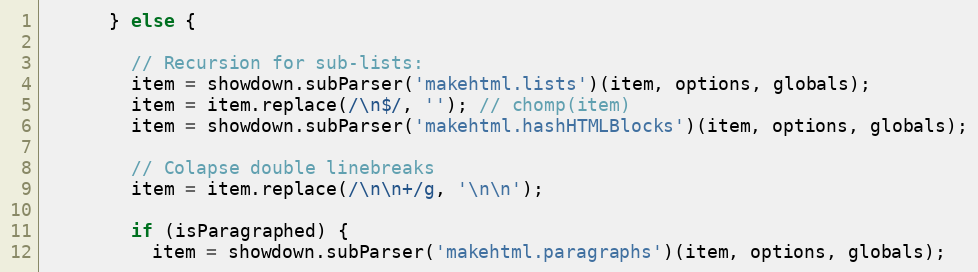
Language: JavaScript
      } else {

        // Recursion for sub-lists:
        item = showdown.subParser('makehtml.lists')(item, options, globals);
        item = item.replace(/\n$/, ''); // chomp(item)
        item = showdown.subParser('makehtml.hashHTMLBlocks')(item, options, globals);

        // Colapse double linebreaks
        item = item.replace(/\n\n+/g, '\n\n');

        if (isParagraphed) {
          item = showdown.subParser('makehtml.paragraphs')(item, options, globals);